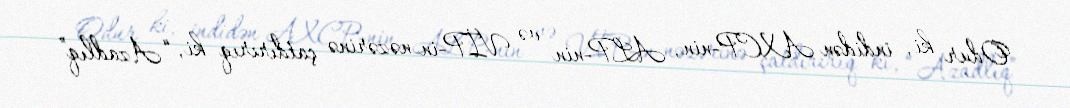
Odur ki, indidən AXCP-nin, ALP-nin və VİP-in nəzərinə çatdırırıq ki, “Azadlıq”